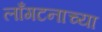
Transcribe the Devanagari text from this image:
लाँगटनाच्या